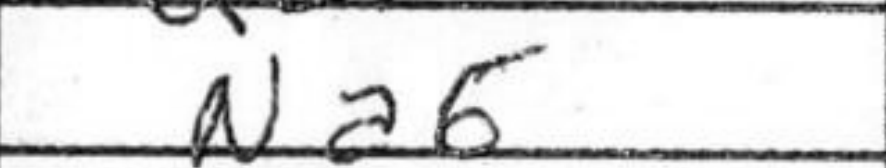
Transcription: Na6